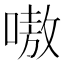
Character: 嗷